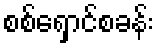
စစ်ရှောင်စခန်း